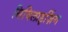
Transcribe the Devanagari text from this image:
सिविलाइज़िंग